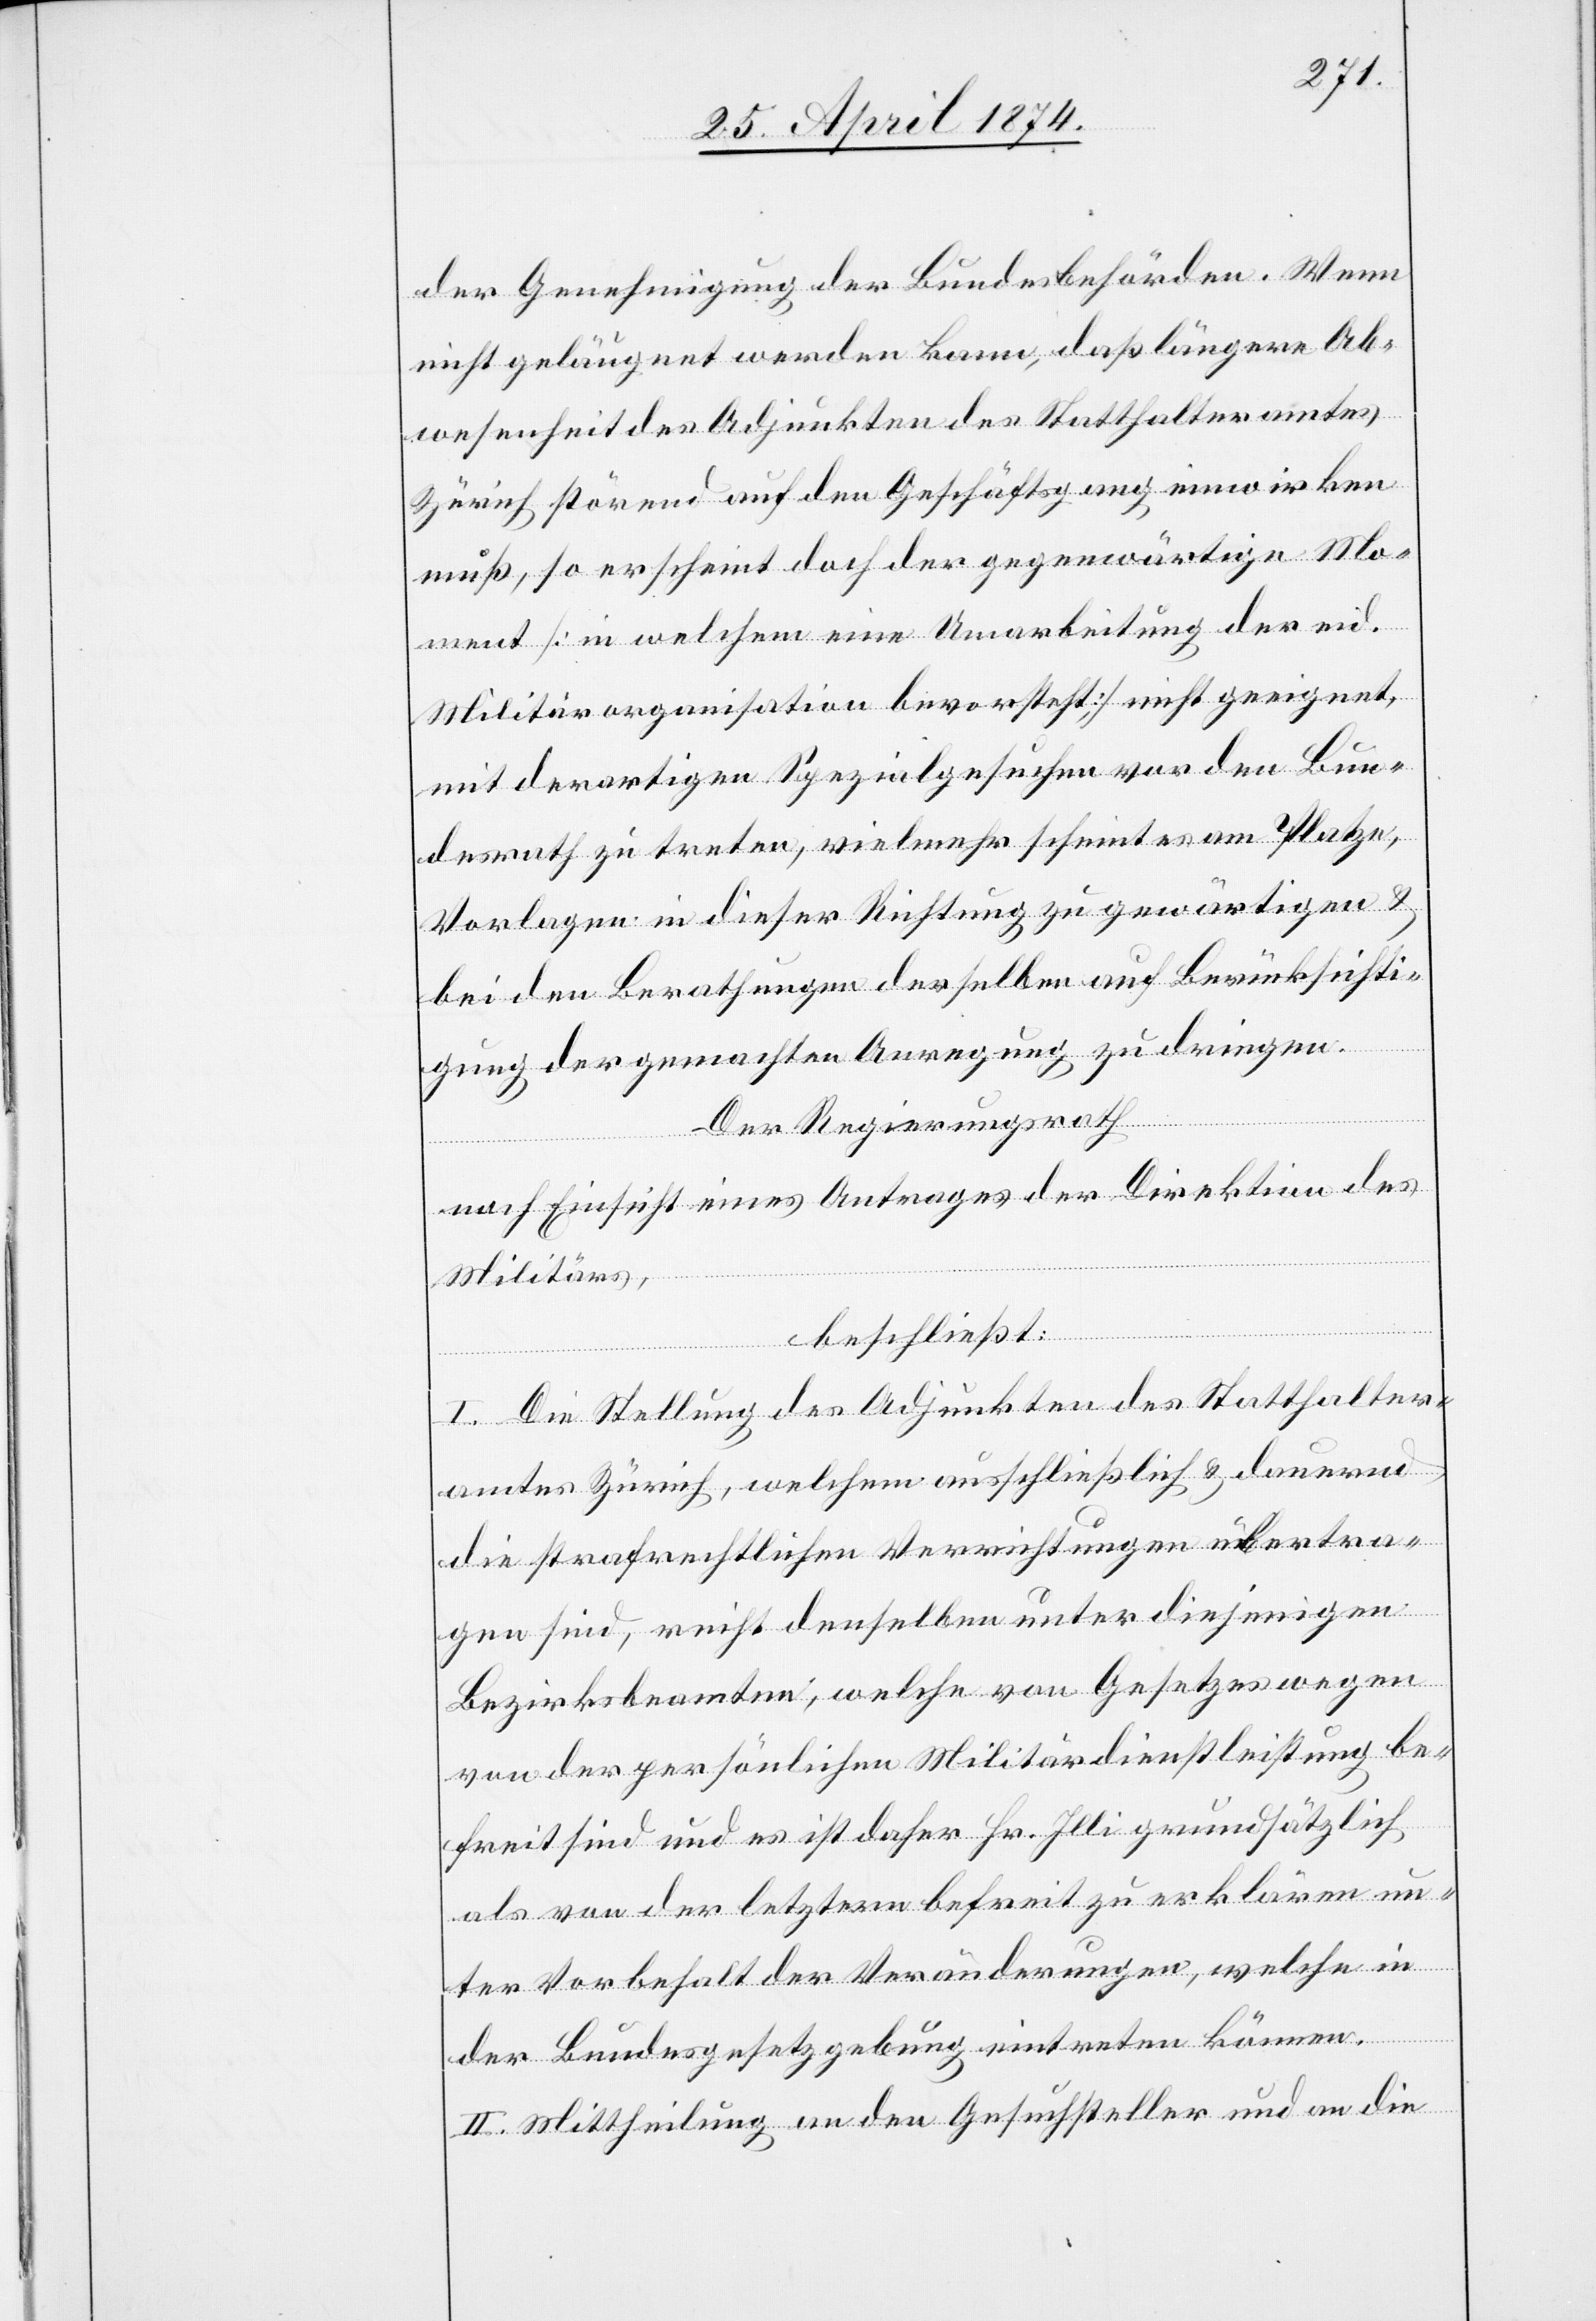
der Genehmigung der Bundesbehörden. Wenn
nicht geläugnet werden kann, daß längere Ab¬
wesenheit des Adjunkten des Statthalteramtes
Zürich störend auf den Geschäftsgang einwirken
muß, so erscheint doch der gegenwärtige Mo¬
ment [in welchem eine Umarbeitung der eid.
Militärorganisation bevorsteht] nicht geeignet,
mit derartigen Spezialgesuchen vor den Bun¬
desrath zu treten, vielmehr scheint es am Platze,
Vorlagen in dieser Richtung zu gewärtigen u.
bei den Berathungen derselben auf Berücksichti¬
gung der gemachten Anregung zu dringen.
Der Regierungsrath
nach Einsicht eines Antrages der Direktion des
Militärs,
beschließt:
I. Die Stellung des Adjunkten des Statthalter¬
amtes Zürich, welchem ausschließlich u. dauernd
die strafrechtlichen Verrichtungen übertra¬
gen sind, reicht denselben unter diejenigen
Bezirksbeamten, welche von Gesetzes wegen
von der persönlichen Militärdienstleistung be¬
freit sind und es ist daher Hr. Illi grundsätzlich
als von der letztern befreit zu erklären un¬
ter Vorbehalt der Veränderungen, welche in
der Bundesgesetzgebung eintreten können.
II. Mittheilung an den Gesuchsteller und an die